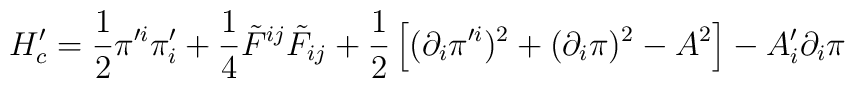
H'_c=\frac{1}{2}\pi'^{i} \pi'  _{i}+\frac{1}{4}\tilde{F}^{ij} \tilde{F}_{ij}+\frac{1}{2}\left[(\partial_i  \pi'^i)^2+(\partial_i \pi)^2 -A^2\right]-A'_i \partial_i\pi